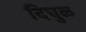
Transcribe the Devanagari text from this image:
दिघुळ